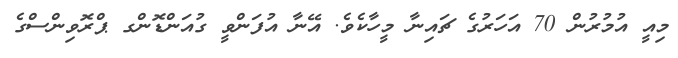
މިއީ އުމުރުން 70 އަހަރުގެ ޗައިނާ މީހާކެވެ. އޭނާ އުފަންވީ ގުއަންޑޮންގ ޕްރޮވިންސްގެ